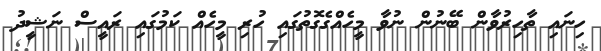
ހިނައި ތާހިރުވާން ބޭނުން ނުވާ މީހެއްގެގޮތުގައި ހުރި މީހެއް ކަމުގައި ރައީސް ނަޝީދު